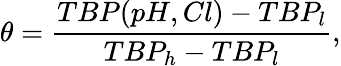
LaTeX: \theta=\frac{TBP(pH,Cl)-TBP_{l}}{TBP_{h}-TBP_{l}},